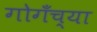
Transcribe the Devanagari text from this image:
गोगँच्या